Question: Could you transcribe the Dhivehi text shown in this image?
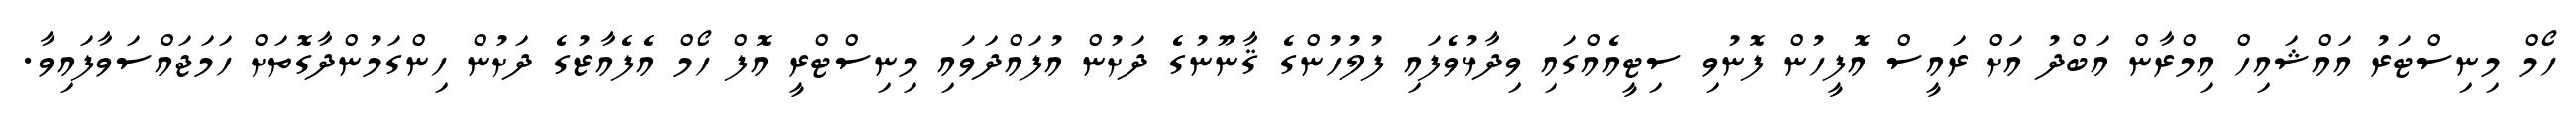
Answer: ހޯމް މިނިސްޓަރު އައްޝައިހް އިމްރާން އަބްދު އަށް ރައީސް އޮފީހުން ފޮނުވި ސިޓީއެއްގައި ވިދާޅުވެފައި ފުލުހުންގެ ޤާނޫނުގެ ދަށުން އުފައްދަވައި މިނިސްޓްރީ އޮފް ހޯމް އެފެއާޒުގެ ދަށުން ހިންގަމުންދާގޮތަށް ހަމަޖައްސަވާފައިވާ.